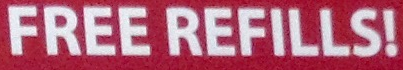
FREE REFILLS!